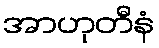
အာဟုတီနံ